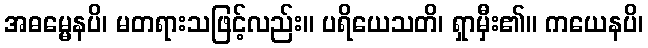
အဓမ္မေနပိ၊ မတရားသဖြင့်လည်း။ ပရိယေသတိ၊ ရှာမှီး၏။ ကယေနပိ၊